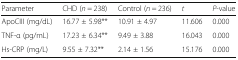
<table><thead><tr><td><b>Parameter</b></td><td><b>CHD (<i>n</i> = 238)</b></td><td><b>Control (<i>n</i> = 236)</b></td><td><b><i>t</i></b></td><td><b><i>P</i>-value</b></td></tr></thead><tbody><tr><td>ApoCIII (mg/dL)</td><td>16.77 ± 5.98**</td><td>10.91 ± 4.97</td><td>11.606</td><td>0.000</td></tr><tr><td>TNF-α (pg/mL)</td><td>17.23 ± 6.34**</td><td>9.49 ± 3.88</td><td>16.043</td><td>0.000</td></tr><tr><td>Hs-CRP (mg/L)</td><td>9.55 ± 7.32**</td><td>2.14 ± 1.56</td><td>15.176</td><td>0.000</td></tr></tbody></table>